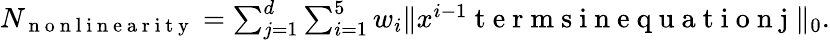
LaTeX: \begin{array}{r}{N_{\mathrm{~n~o~n~l~i~n~e~a~r~i~t~y~}}=\sum_{j=1}^{d}\sum_{i=1}^{5}w_{i}\| x^{i-1}\mathrm{~t~e~r~m~s~i~n~e~q~u~a~t~i~o~n~j~}\| _{0}.}\end{array}